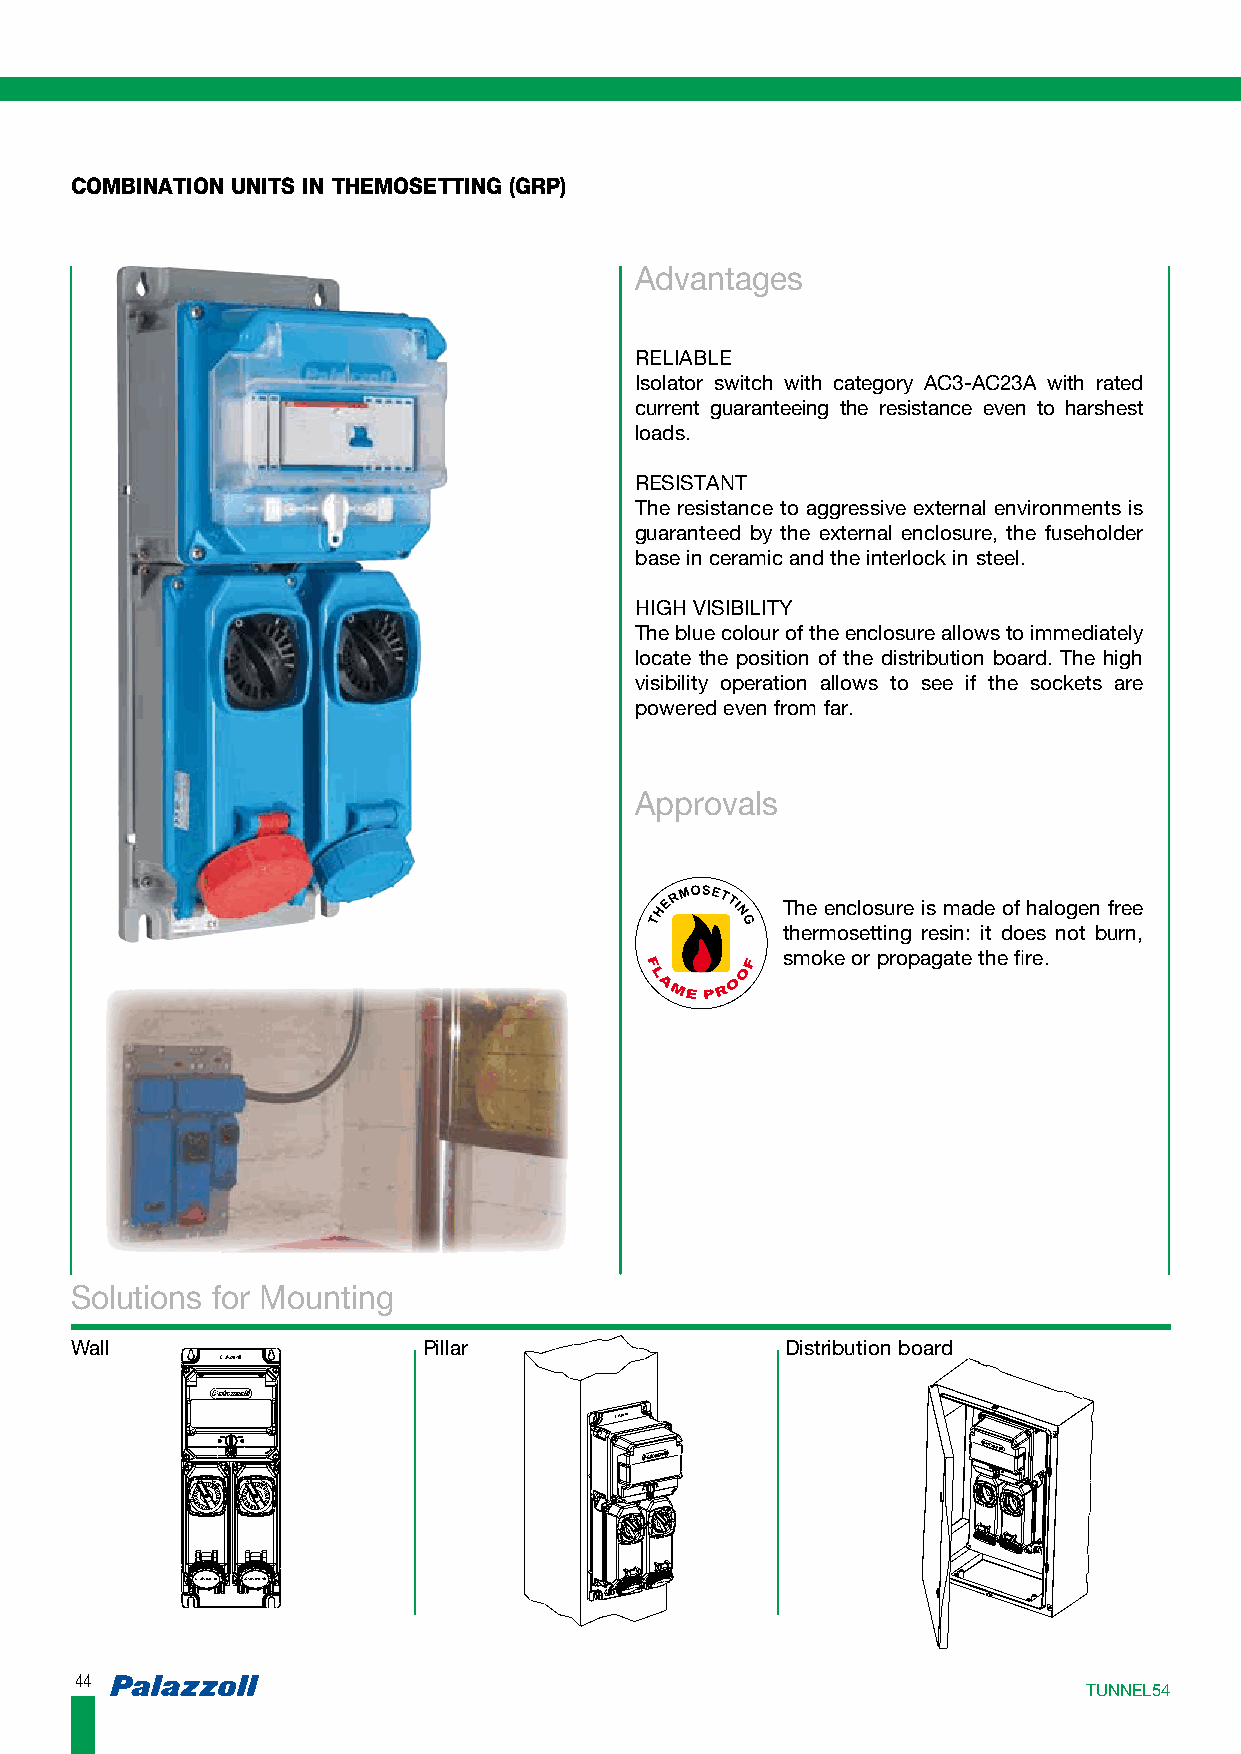
COMBINATION UNITS IN THEMOSETTING (GRP)
 Advantages
 RELIABLE
 Isolator switch with category AC3-AC23A with rated
 current guaranteeing the resistance even to harshest
 loads.
 RESISTANT
 The resistance to aggressive external environments is
 guaranteed by the external enclosure, the fuseholder
 base in ceramic and the interlock in steel.
 HIGH VISIBILITY
 The blue colour of the enclosure allows to immediately
 locate the position of the distribution board. The high
 visibility operation allows to see if the sockets are
 powered even from far.
 Approvals
 The enclosure is made of halogen free
 thermosetting resin: it does not burn,
 smoke or propagate the fire.
 Solutions for Mounting
 Wall                   Pillar                  Distribution board
 4444
 TTUUNNNNEELL5544